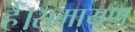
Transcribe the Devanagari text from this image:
है।रामायण